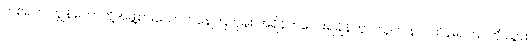
တစ်ရက် ကျွန်တော်တို့အဖွဲ့စားသောက်နေကြတုန်း အရှိန်ကလေးရချိန်တွင် သူက နယ်ထိန်းရဲကြပ်ကို သွား